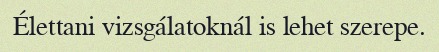
Élettani vizsgálatoknál is lehet szerepe.